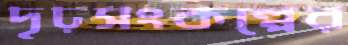
দৃঢ়সংকল্পের